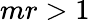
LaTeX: mr>1